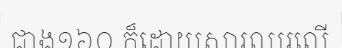
ជាង១៦០ ក៏ដោយសារឈរលើ